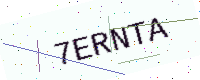
Text: 7ERNTA